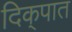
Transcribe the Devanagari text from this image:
दिक्‌पात